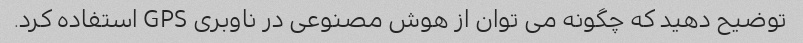
توضیح دهید که چگونه می توان از هوش مصنوعی در ناوبری GPS استفاده کرد.